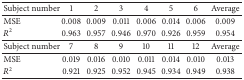
<table><thead><tr><td><b>Subject number</b></td><td><b>1</b></td><td><b>2</b></td><td><b>3</b></td><td><b>4</b></td><td><b>5</b></td><td><b>6</b></td><td><b>Average</b></td></tr></thead><tbody><tr><td>MSE</td><td>0.008</td><td>0.009</td><td>0.011</td><td>0.006</td><td>0.014</td><td>0.006</td><td>0.009</td></tr><tr><td><i>R</i><sup>2</sup></td><td>0.963</td><td>0.957</td><td>0.946</td><td>0.970</td><td>0.926</td><td>0.959</td><td>0.954</td></tr><tr><td>Subject number</td><td>7</td><td>8</td><td>9</td><td>10</td><td>11</td><td>12</td><td>Average</td></tr><tr><td>MSE</td><td>0.019</td><td>0.016</td><td>0.010</td><td>0.011</td><td>0.014</td><td>0.010</td><td>0.013</td></tr><tr><td><i>R</i><sup>2</sup></td><td>0.921</td><td>0.925</td><td>0.952</td><td>0.945</td><td>0.934</td><td>0.949</td><td>0.938</td></tr></tbody></table>